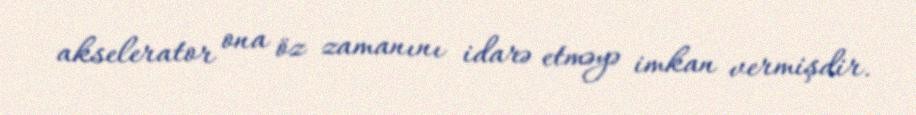
akselerator ona öz zamanını idarə etməyə imkan vermişdir.